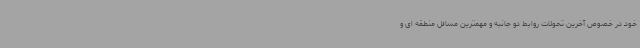
خود در خصوص آخرین تحولات روابط دو جانبه و مهمترین مسائل منطقه ای و